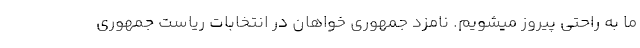
ما به راحتی پیروز میشویم. نامزد جمهوری خواهان در انتخابات ریاست جمهوری